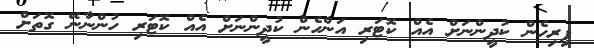
ފިރިހެން ކުދީންނަށް އެއް ކޮޓަރި އަންހެން ކުދީންނަށް އެެއް ކޮޓަރި ހުންނާނޭ ގޮތަށް